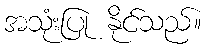
အသုံးပြု နိုင်သည်။